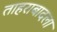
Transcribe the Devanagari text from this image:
ताहराबादला